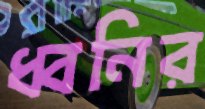
ধ্বনির